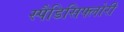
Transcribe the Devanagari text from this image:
स्पैडिसिफ्लोरी